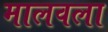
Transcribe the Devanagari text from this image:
मालवला